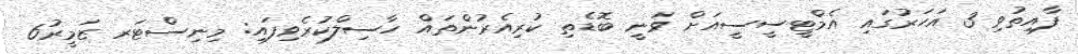
ފާއިތުވި 3 އަހަރުގައި އެމްޓީސީސީއަށް ވަނީ ބޮޑެތި ކުރިއެރުންތައް ހާސިލްކުރެވިފައި: މިނިސްޓަރ ޒަމީރު6